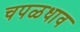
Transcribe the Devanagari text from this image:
चपळधाव